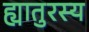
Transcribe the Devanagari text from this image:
ह्यातुरस्य